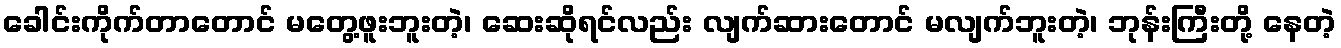
ခေါင်းကိုက်တာတောင် မတွေ့ဖူးဘူးတဲ့၊ ဆေးဆိုရင်လည်း လျက်ဆားတောင် မလျက်ဘူးတဲ့၊ ဘုန်းကြီးတို့ နေတဲ့